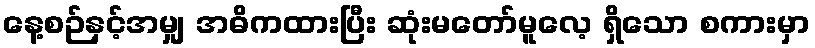
နေ့စဉ်နှင့်အမျှ အဓိကထားပြီး ဆုံးမတော်မူလေ့ ရှိသော စကားမှာ